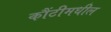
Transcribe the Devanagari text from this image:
कौंटीमधील